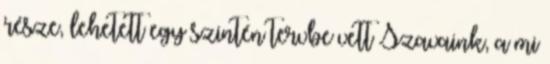
része, lehetett egy szintén tervbe vett Szavaink, a mi